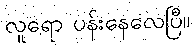
လူရော ပန်းနေလေပြီ။